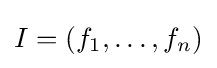
I=(f_{1},\ldots ,f_{n})